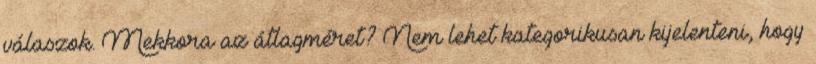
válaszok. Mekkora az átlagméret? Nem lehet kategorikusan kijelenteni, hogy